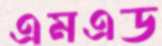
এমএড